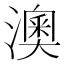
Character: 澳